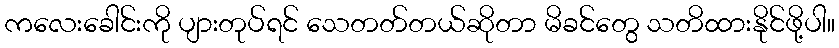
ကလေးခေါင်းကို ပျားတုပ်ရင် သေတတ်တယ်ဆိုတာ မိခင်တွေ သတိထားနိုင်ဖို့ပါ။